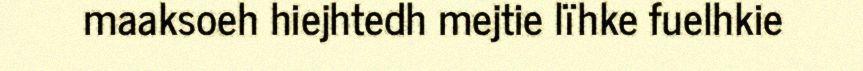
maaksoeh hiejhtedh mejtie lïhke fuelhkie